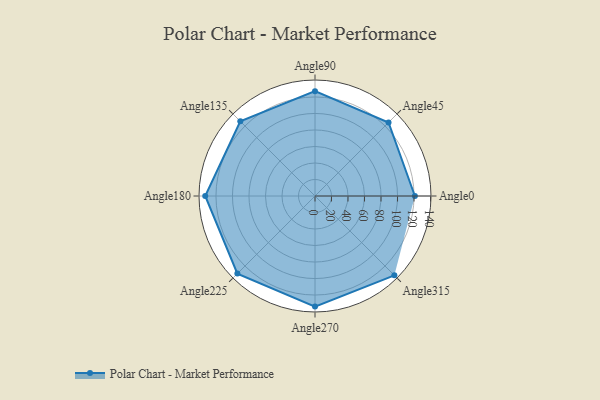
{"axis": {"x": "Angle", "y": "Radius"}, "legend": [""], "data": [{"x": "Angle0", "y": 121.0, "type": ""}, {"x": "Angle45", "y": 126.0, "type": ""}, {"x": "Angle90", "y": 127.0, "type": ""}, {"x": "Angle135", "y": 128.0, "type": ""}, {"x": "Angle180", "y": 133.0, "type": ""}, {"x": "Angle225", "y": 133.0, "type": ""}, {"x": "Angle270", "y": 134.0, "type": ""}, {"x": "Angle315", "y": 136.0, "type": ""}]}